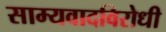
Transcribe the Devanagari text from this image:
साम्यवादविरोधी